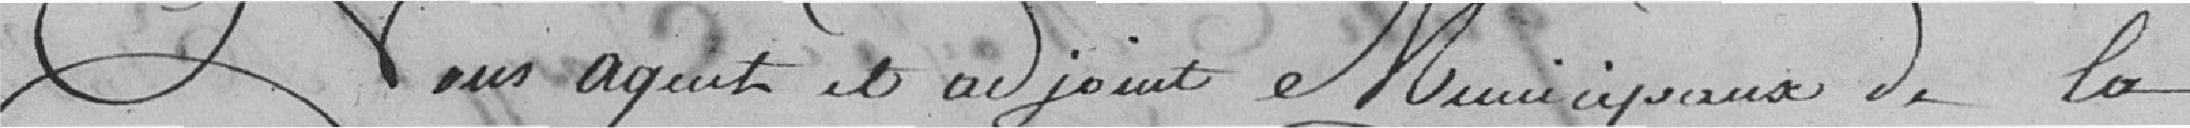
Nous agents et adjoints Municipaux de la